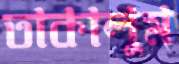
তাকালুম